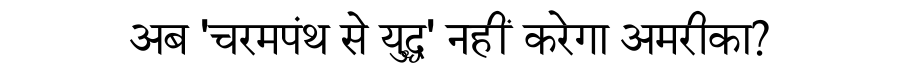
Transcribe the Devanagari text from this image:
अब 'चरमपंथ से युद्ध' नहीं करेगा अमरीका?